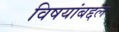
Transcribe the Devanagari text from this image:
विषयांबद्दल